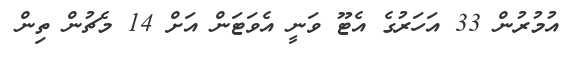
އުމުރުން 33 އަހަރުގެ އެޓޫ ވަނީ އެވަޓަން އަށް 14 މެޗުން ތިން